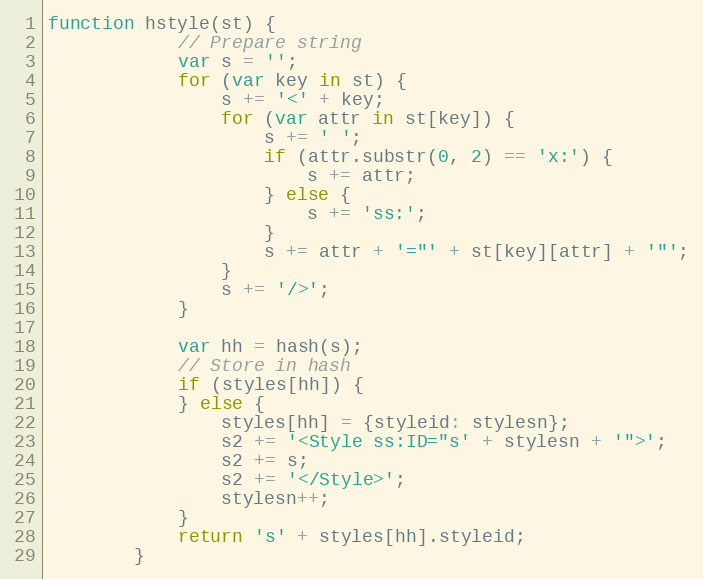
Language: JavaScript
function hstyle(st) {
			// Prepare string
			var s = '';
			for (var key in st) {
				s += '<' + key;
				for (var attr in st[key]) {
					s += ' ';
					if (attr.substr(0, 2) == 'x:') {
						s += attr;
					} else {
						s += 'ss:';
					}
					s += attr + '="' + st[key][attr] + '"';
				}
				s += '/>';
			}

			var hh = hash(s);
			// Store in hash
			if (styles[hh]) {
			} else {
				styles[hh] = {styleid: stylesn};
				s2 += '<Style ss:ID="s' + stylesn + '">';
				s2 += s;
				s2 += '</Style>';
				stylesn++;
			}
			return 's' + styles[hh].styleid;
		}